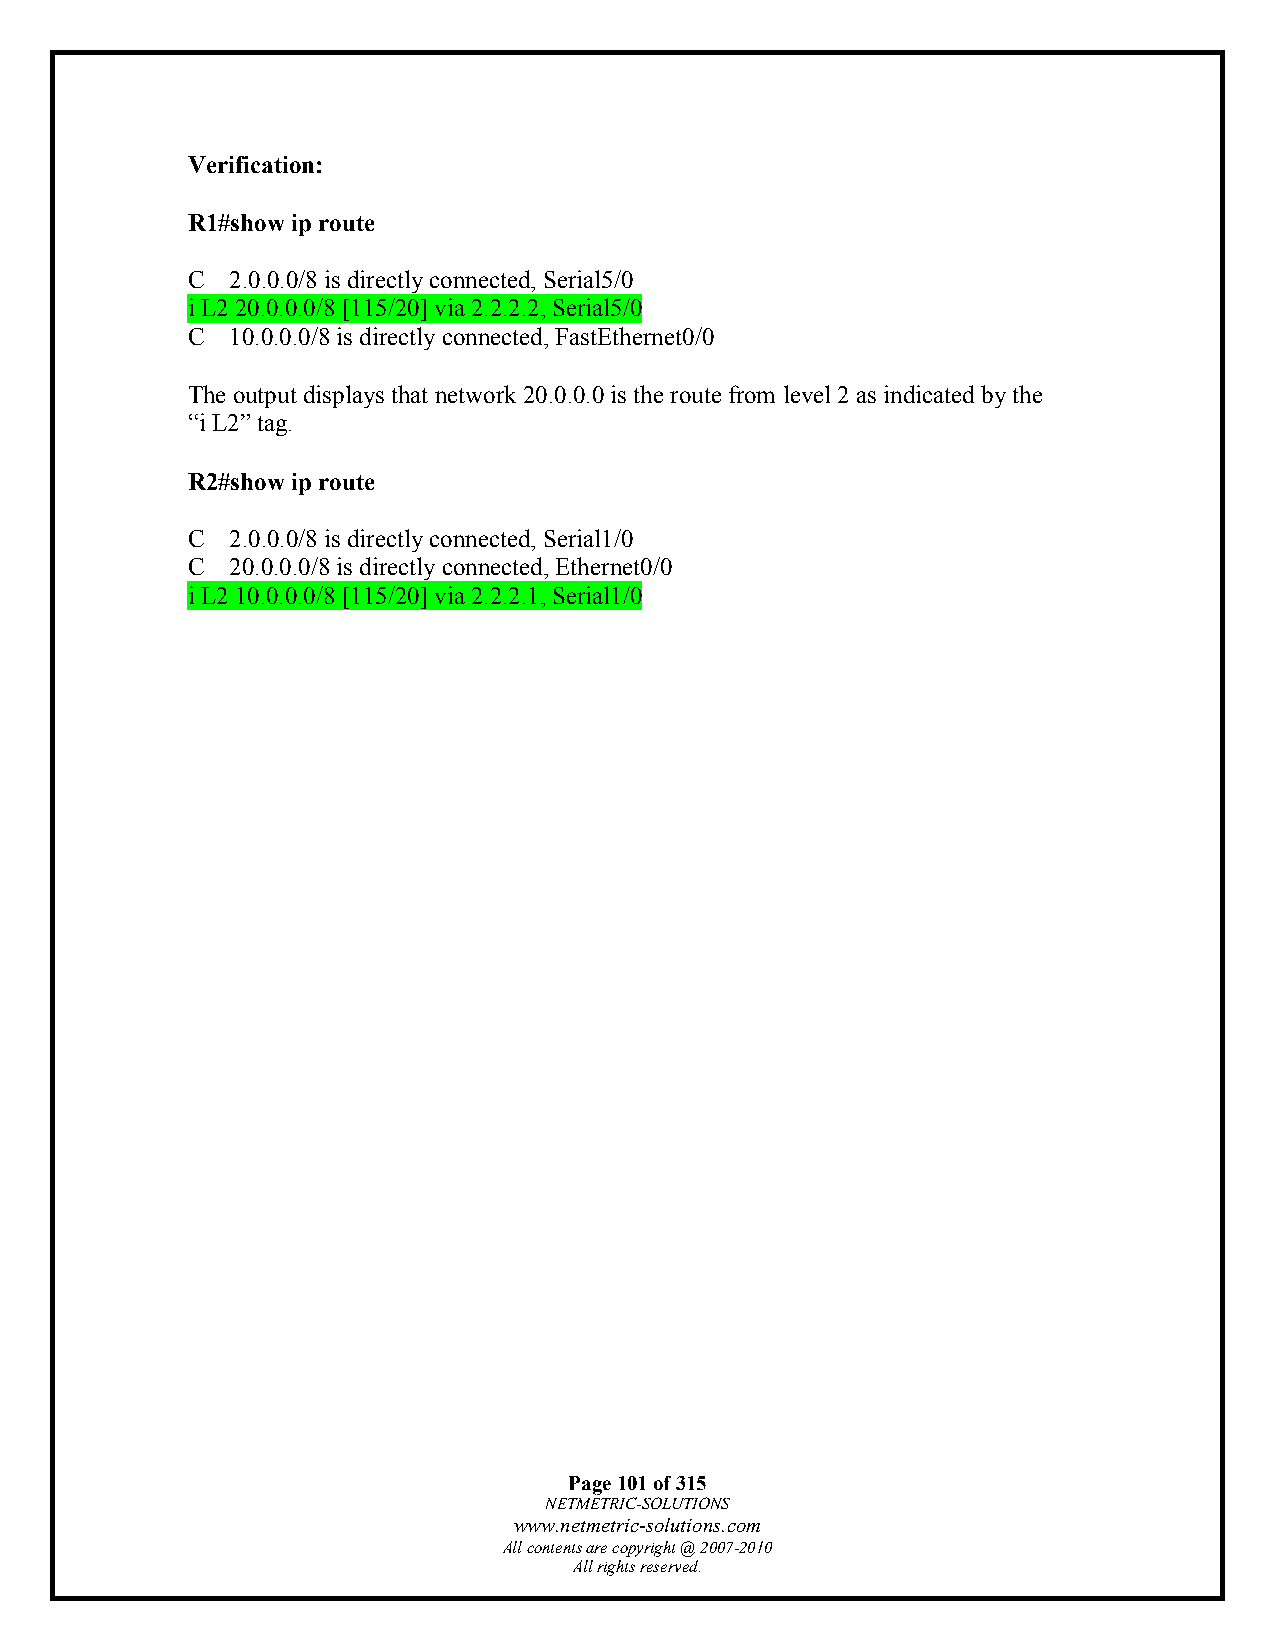
Verification:
 R1#show ip route
 C  2.0.0.0/8 is directly connected, Serial5/0
 i L2 20.0.0.0/8 [115/20] via 2.2.2.2, Serial5/0
 C  10.0.0.0/8 is directly connected, FastEthernet0/0
 The output displays that network 20.0.0.0 is the route from level 2 as indicated by the
 “i L2” tag.
 R2#show ip route
 C  2.0.0.0/8 is directly connected, Serial1/0
 C  20.0.0.0/8 is directly connected, Ethernet0/0
 i L2 10.0.0.0/8 [115/20] via 2.2.2.1, Serial1/0
 Page 101 of 315
 NETMETRIC-SOLUTIONS
 www.netmetric-solutions.com
 All contents are copyright @ 2007-2010
 All rights reserved.